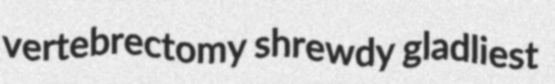
vertebrectomy shrewdy gladliest